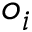
o _ { i }